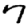
Digit: 7